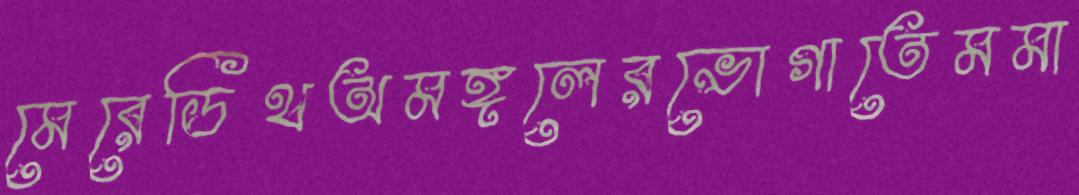
মেরেডিথঅমঙ্গলেরভোগাতেমমা